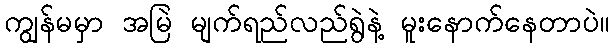
ကျွန်မမှာ အမြဲ မျက်ရည်လည်ရွဲနဲ့ မူးနောက်နေတာပဲ။